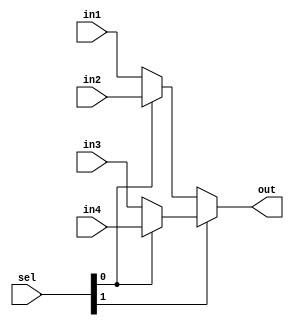
module fivebit_mux4(out, in1, in2, in3, in4, sel);
    input [4:0] in1, in2, in3, in4;
        //in1 = 00
        //in2 = 01
        //in3 = 10
        //in4 = 11
    input [1:0] sel;
    output [4:0] out;

    wire [4:0] part1, part2;

    assign part1 = sel[0] ? in2 : in1;
    assign part2 = sel[0] ? in4 : in3;

    assign out = sel[1] ? part2 : part1;

endmodule